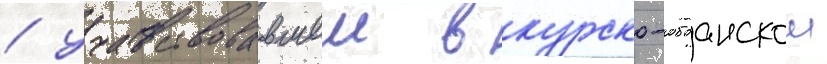
/ участвовавшеи в курско-обоанскои